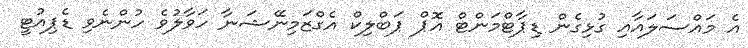
އެ މައްސަލައާއި ގުޅިގެން ޑިޕާޓްމަންޓް އޮޕް ޕަބްލިކް އެގްޒަމިނޭޝަނާ ހަވާލުވެ ހުންނެވި ޑެޕިއުޓީ